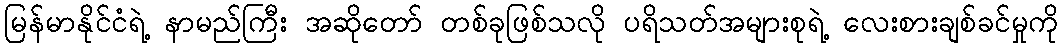
မြန်မာနိုင်ငံရဲ့ နာမည်ကြီး အဆိုတော် တစ်ခုဖြစ်သလို ပရိသတ်အများစုရဲ့ လေးစားချစ်ခင်မှုကို